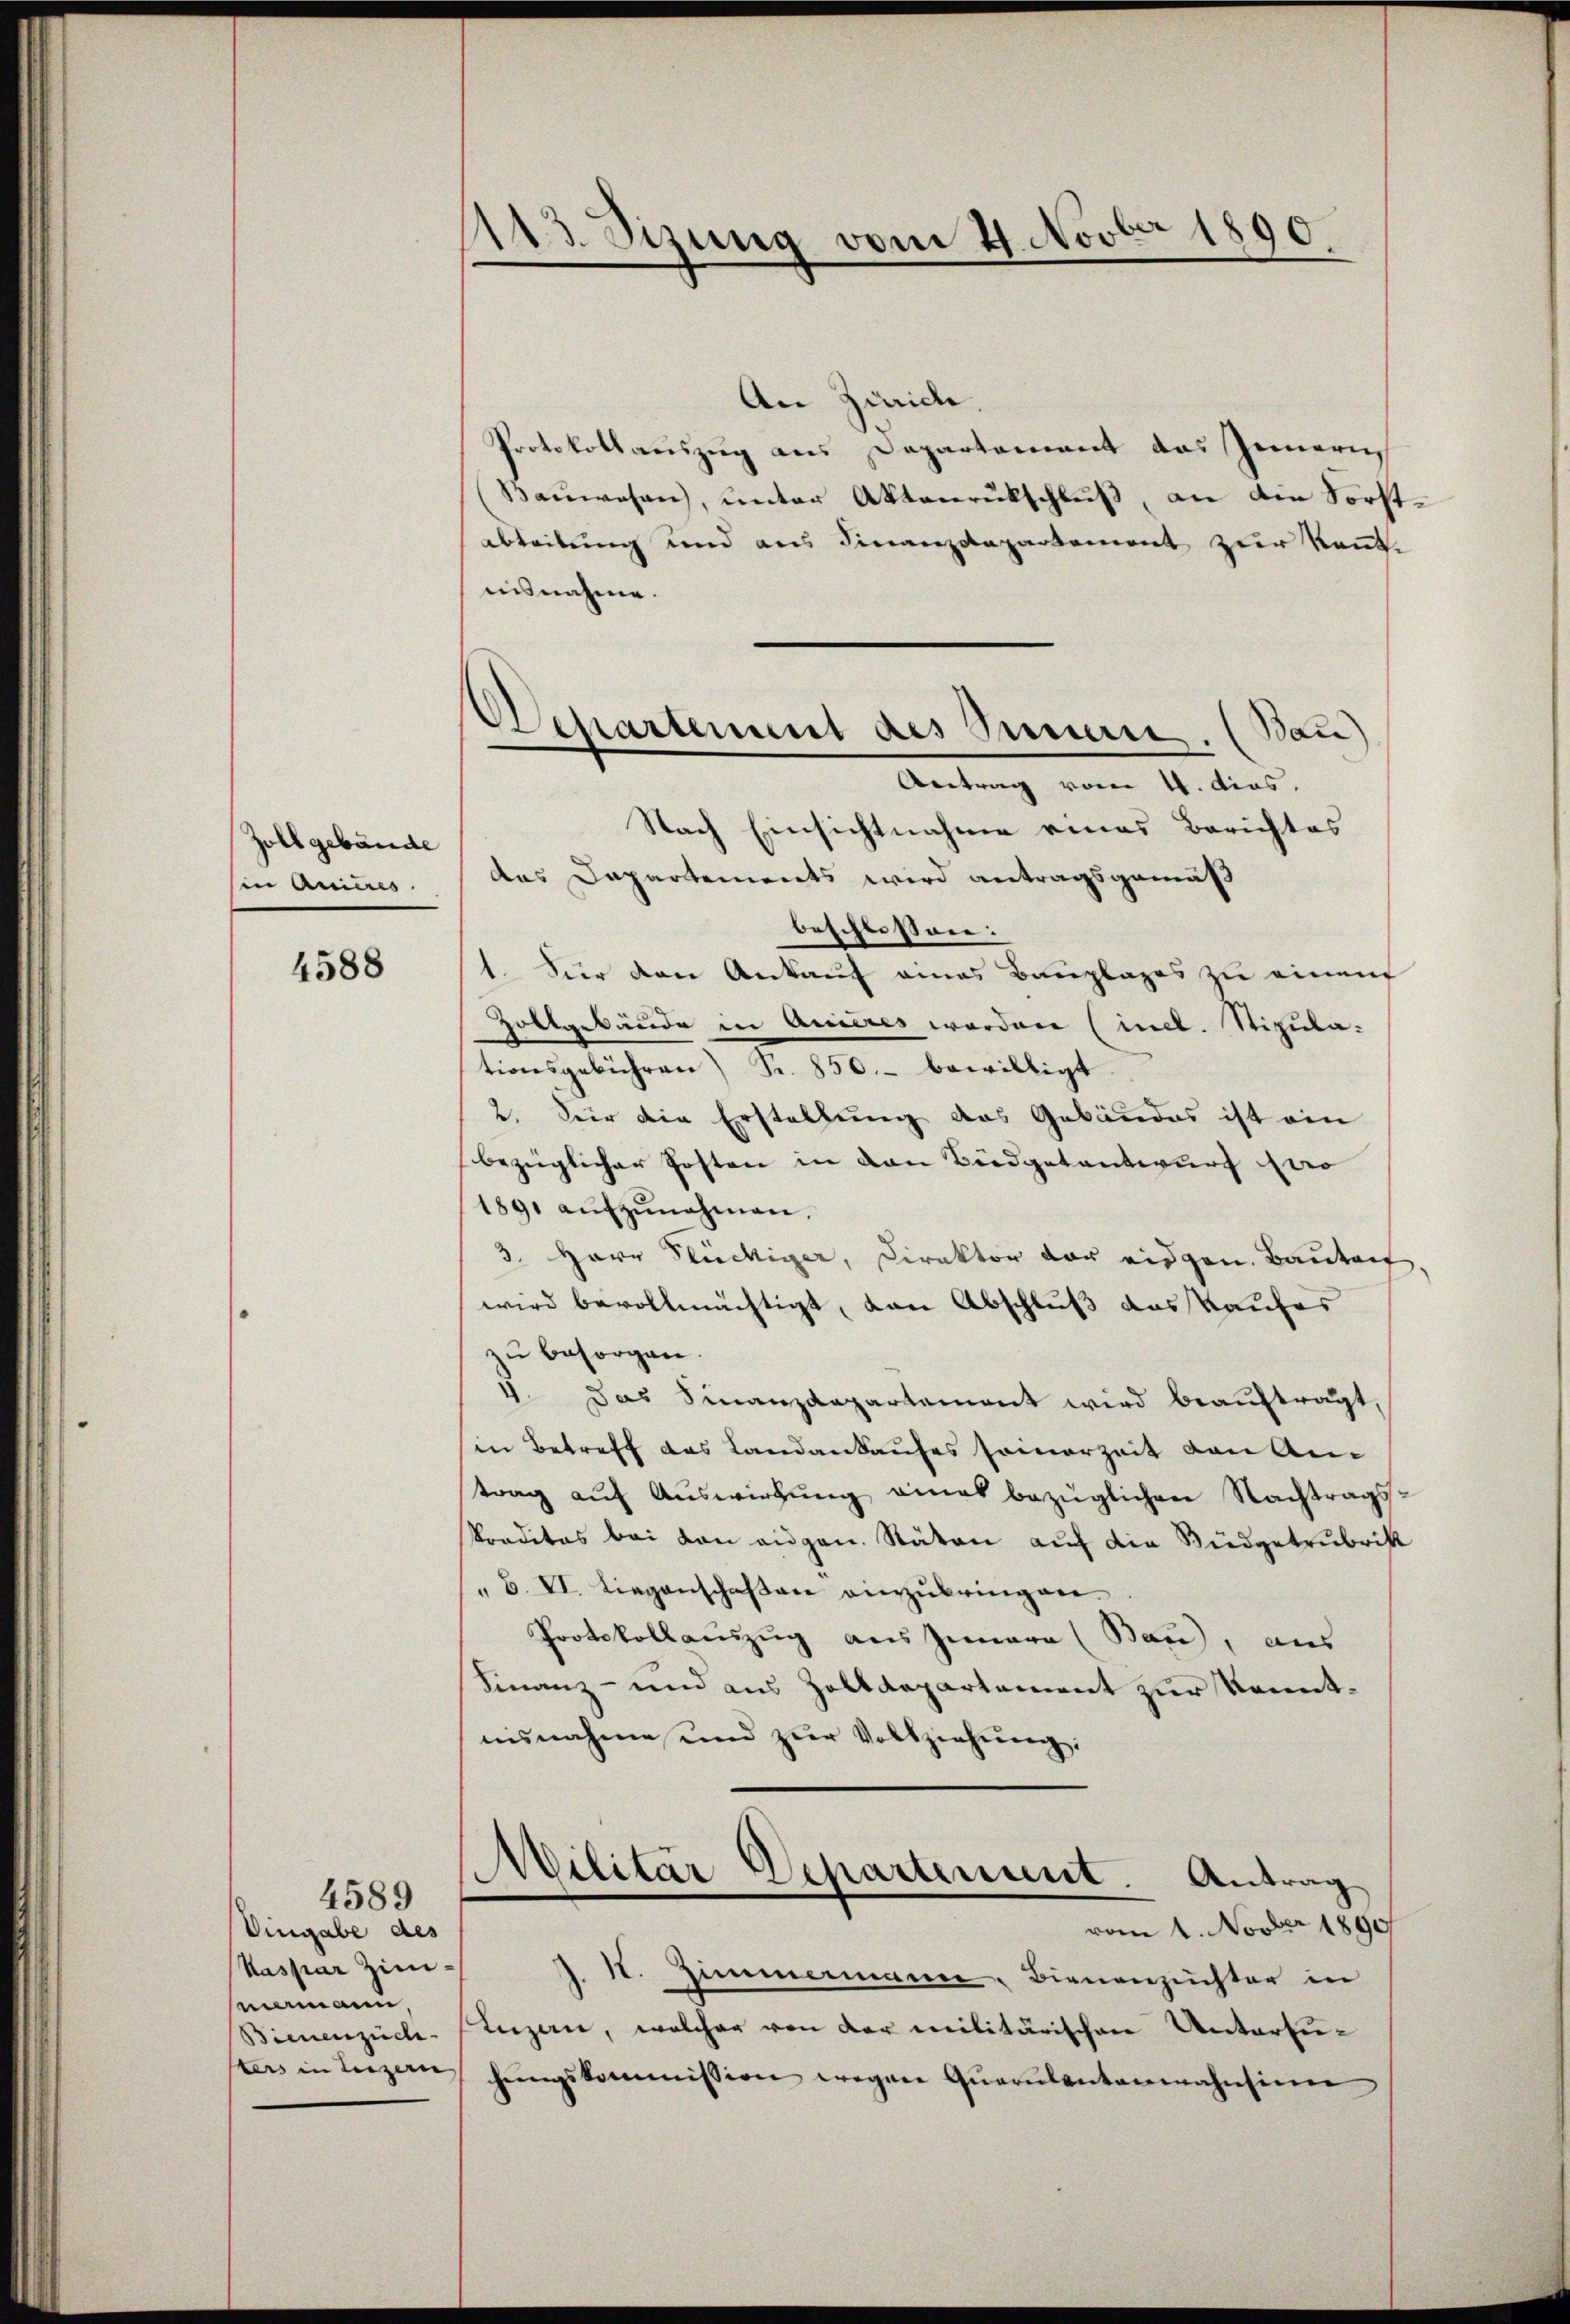
Zollgebäude
in Anices.

4588

4589

Eingabe des
Kaspar Zimmamann,
ters in Luzern,

e
113. Sizung vom 4. Nov. 1890.

An Zürich.
Protokollauszug aus Departement das Innern
Baŭwesen, unter Aktenrückschluß, an die Forstabteilung und aus Finanzdepartement zur Kennt-
nisnahme.
Nach Einsichtnahme eines Berichtes
das Dapartements wird antragsgemäß
beschlossen:
1. Für den Ankauf eines Bauplages zu einen
Zollgebäude in Anieres worden (incl. Stipulationsgebühren) S. 850.- bewilligt.
2. Der die Erstellung des Gebäudes ist ein
bezüglicher Posten in den Büdgetantwurf ero
189. aŭfzŭnehmen.
3. Herr Stückiger, Direktor der eidgen. Bauten
wird bevollmächtigt, von Abschluß das Kaufes
zu besorgen.
5. Das Finanzdepartement wird beauftragt,
in Betreff das Landankaufes seinerzeit von Antrag auf Auswirkung eines bezüglichen Nachtragskreditas bei den augen. Stäten auf die Büdgetrubrik
B. VI. liegenschaften einzubringen.
Protokollauszug aus Iunara (Bau), aus
Finanz- und aus Zolldepartement zur Kenntnisnahme und zur Vollziehung:
e
Wilitär Departement. Antrag
vom 1. Novber 1890
I. Zimmermann, Bienenzuchter in
Bienenzüch. Luzern, welcher von der militärischen Untersuhringskommission wegen Qŭarŭlantenwahnsinn

Departement des Innern. (Bau)
Antrag vom 4. dies